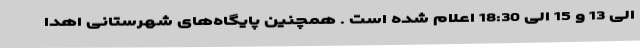
الی 13 و 15 الی 18:30 اعلام شده است . همچنین پایگاه‌های شهرستانی اهدا